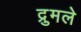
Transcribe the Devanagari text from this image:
द्रुमले